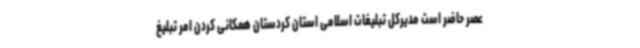
عصر حاضر است مدیرکل تبلیغات اسلامی استان کردستان همکانی کردن امر تبلیغ